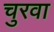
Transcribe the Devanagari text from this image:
चुरवा